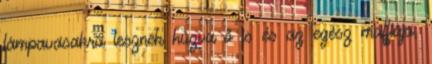
lámpavasakra lesznek húzva ő is és az egész maffiája,